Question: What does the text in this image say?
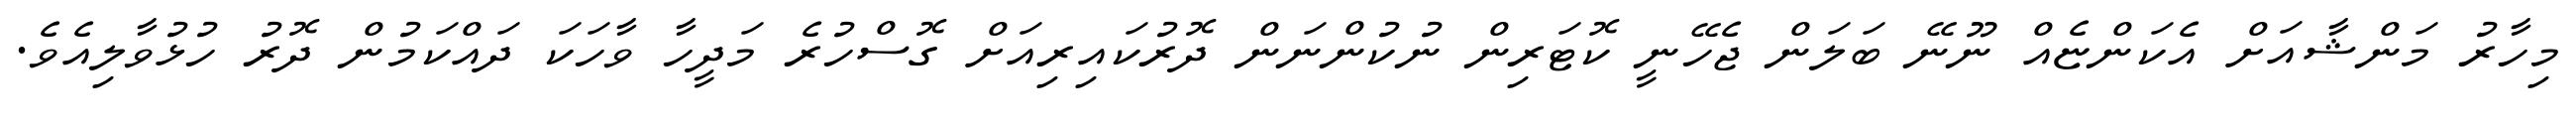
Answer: މިހާރު މަންޝާއަށް އެކަންޏެއް ނޫނޭ ބަލަން ޖެހޭނީ ކޮޓަރިން ނުކުންނަން ދޮރުކައިރިއަށް ގޮސްހުރެ މަދީހާ ވާހަކަ ދައްކަމުން ދޮރު ހުޅުވާލިއެވެ.